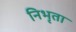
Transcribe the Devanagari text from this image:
निभृता